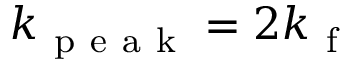
k _ { \mathrm { ~ p ~ e ~ a ~ k ~ } } = 2 k _ { \mathrm { ~ f ~ } }